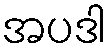
အပဒါ